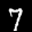
Label: 7